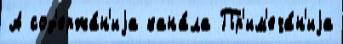
А сод'ержа́н'иjа кана́ла Пр'им'еча́н'иjа